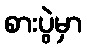
စားပွဲမှာ